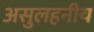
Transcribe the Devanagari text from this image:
असुलहनीय